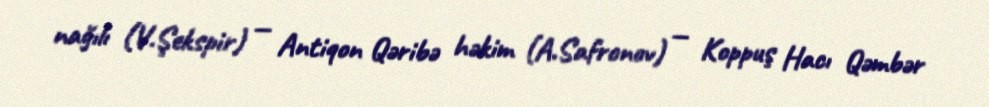
nağılı (V.Şekspir) — Antiqon Qəribə həkim (A.Safronov) — Koppuş Hacı Qəmbər